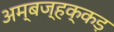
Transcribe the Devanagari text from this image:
अम्बज्हक्कड़